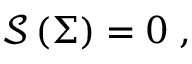
\mathcal { S } \left( \Sigma \right) = 0 \; ,